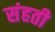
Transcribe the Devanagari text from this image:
संहती